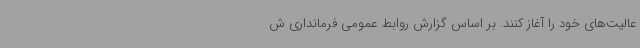
عالیت‌های خود را آغاز کنند. بر اساس گزارش روابط عمومی فرمانداری ش